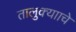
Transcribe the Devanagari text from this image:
तालुक्यााचे